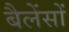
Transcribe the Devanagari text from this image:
बैलेंसों